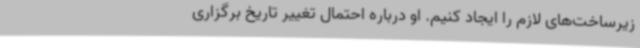
زیرساخت‌های لازم را ایجاد کنیم. او درباره احتمال تغییر تاریخ برگزاری